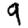
Digit: 9